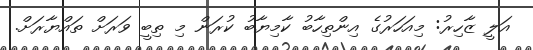
އަލީ ޒާހިރު: މިއަހަރުގެ އިންތިހާބު ކާމިޔާބު ކުރަން މި ތިބީ ވަރަށް ތައްޔާރަށް.